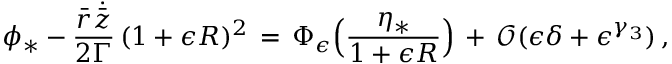
\phi _ { * } - \frac { \bar { r } \dot { \bar { z } } } { 2 \Gamma } \, ( 1 + \epsilon R ) ^ { 2 } \, = \, \Phi _ { \epsilon } \Bigl ( \frac { \eta _ { * } } { 1 + \epsilon R } \Bigr ) \, + \, \mathcal { O } ( \epsilon \delta + \epsilon ^ { \gamma _ { 3 } } ) \, ,